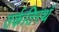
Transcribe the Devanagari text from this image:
तर्कतिरथं